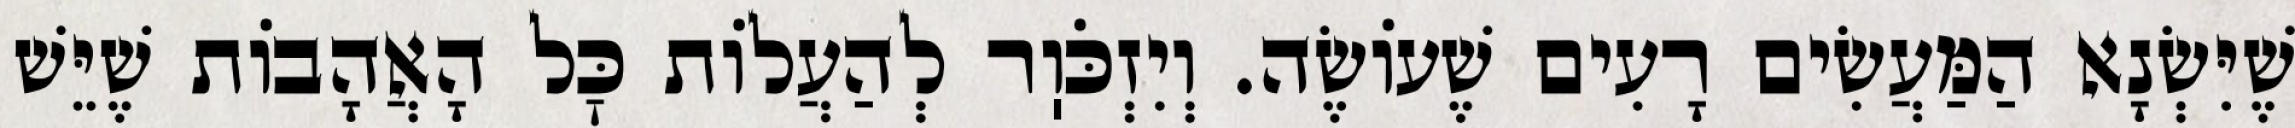
שֶׁיִּשְׂנָא הַמַּעֲשִׂים רָעִים שֶׁעוֹשֶׂה. וְיִזְכֹּוֽר לְהַעֲלוֹת כׇּל הָאֲהָבוֹת שֶׁיֵּשׁ